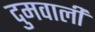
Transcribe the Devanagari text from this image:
दुमवाली